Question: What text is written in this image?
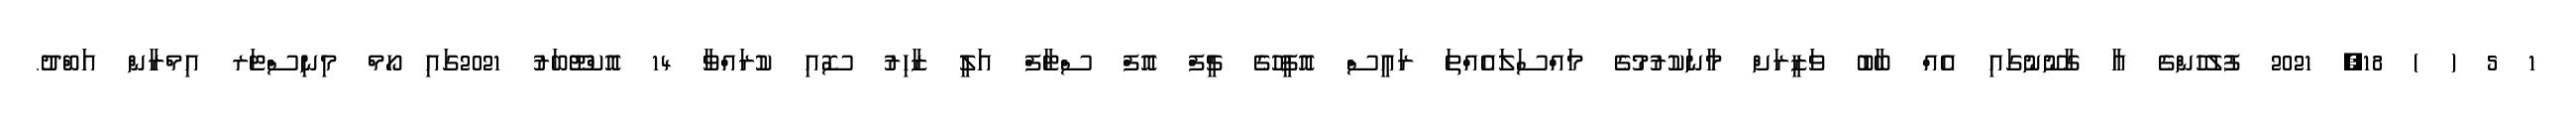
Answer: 1 5 ( ) 18, 2021 ފުލުހުންގެ އާ ގާނޫނުގައި އެއް ބާބު ވަޒީރަށް މާނަކުރުމުގެ މައްސަލައެއްތަ ރައީސް އޮފީހުގެ ޗީފް އޮފް ސްޓާފް އަލީ ޒާހިރު ސޮއި ކުރައްވާ 14 އޮކްޓޫބަރު 2021ގައި ހޯމް މިނިސްޓަރ އިމްރާން އަބްދު.